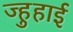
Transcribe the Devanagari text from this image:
ज्हुहाई